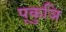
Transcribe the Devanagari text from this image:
पूकुञि